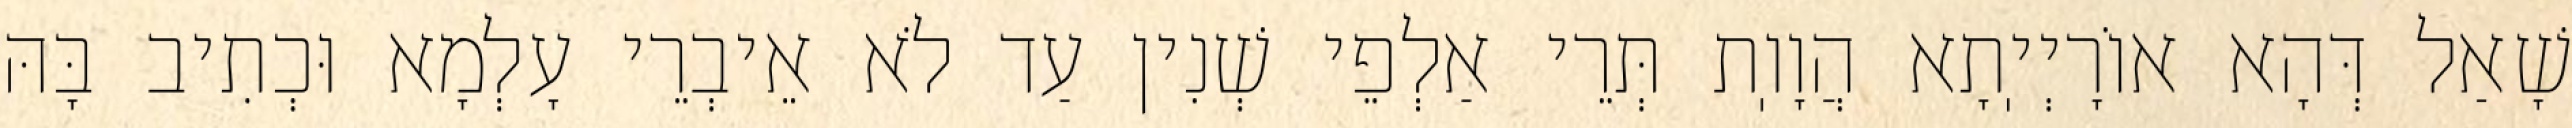
שָׁאַל דְּהָא אוֹרָיְיֽתָא הֲוָוֽת תְּרֵי אַלְפֵי שְׁנִין עַד לֹא אֵיבְרֵי עָלְמָא וּכְתִיב בָּהּ